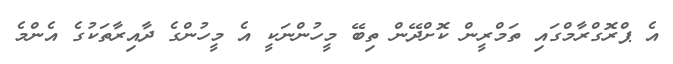
އެ ޕްރޮގްރާމްގައި ތަމްރީން ކޮށްދޭން ތިބޭ މީހުންނަކީ އެ މީހުންގެ ދާއިރާތަކުގެ އެންމެ